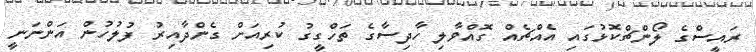
ރައީސްގެ ލޯންޗްކޮޅުގައި އެއްޗެއް ގޮއްވާލި ހާދިސާގެ ތަހްގީގު ކުރިއަށް ގެންދާއިރު ފުލުހުން އަންނަނީ